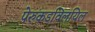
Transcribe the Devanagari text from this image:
पेरुंकडविलयिल